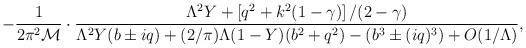
LaTeX: \begin{align*}-\frac{1}{2\pi^2{\cal M}}\cdot\frac{\Lambda^2Y+\left[q^2+k^2(1-\gamma)\right]/(2-\gamma)}{\Lambda^2Y(b\pm iq)+(2/\pi)\Lambda (1-Y)(b^2+q^2)-\left(b^3\pm (iq)^3\right) +O(1/\Lambda)},\end{align*}